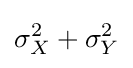
\sigma _{X}^{2}+\sigma _{Y}^{2}